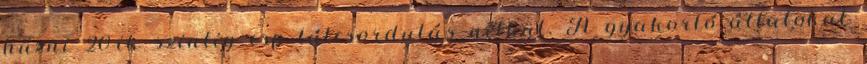
húzni 20-ik szintig csp túlcsordulás nélkül. A gyakorló állatokat